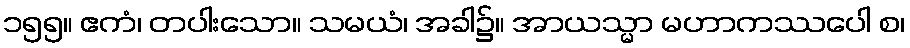
၁၅၅။ ဧကံ၊ တပါးသော။ သမယံ၊ အခါ၌။ အာယသ္မာ မဟာကဿပေါ စ၊